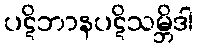
ပဋိဘာနပဋိသမ္ဘိဒါ